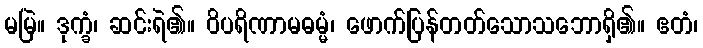
မမြဲ။ ဒုက္ခံ၊ ဆင်းရဲ၏။ ဝိပရိဏာမဓမ္မံ၊ ဖောက်ပြန်တတ်သောသဘောရှိ၏။ ဧတံ၊